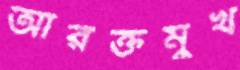
আরক্তমুখ